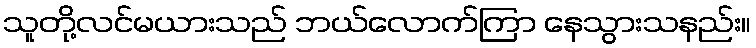
သူတို့လင်မယားသည် ဘယ်လောက်ကြာ နေသွားသနည်း။